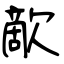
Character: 歒